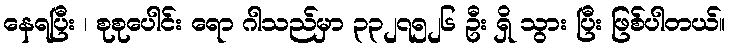
နေရပြီး ၊ စုစုပေါင်း ရော ဂါသည်မှာ ၃၃၂၇၅၂၆ ဦး ရှိ သွား ပြီး ဖြစ်ပါတယ်။